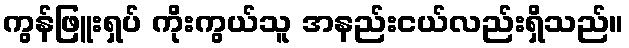
ကွန်ဖြူးရှပ် ကိုးကွယ်သူ အနည်းငယ်လည်းရှိသည်။